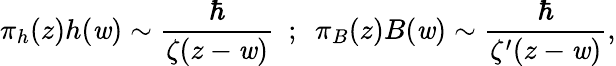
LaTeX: \pi_{h}(z)h(\mathit{w})\sim{\frac{{\hbar}}{{\zeta(z-\mathit{w})}}}\, \, \, ;\, \, \, \pi_{B}(z)B(\mathit{w})\sim{\frac{{\hbar}}{{\zeta^{\prime}(z-\mathit{w})}}},